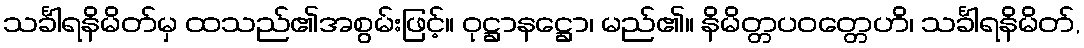
သင်္ခါရနိမိတ်မှ ထသည်၏အစွမ်းဖြင့်။ ဝုဋ္ဌာနဋ္ဌော၊ မည်၏။ နိမိတ္တပဝတ္တေဟိ၊ သင်္ခါရနိမိတ်,